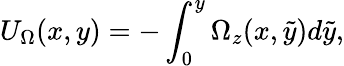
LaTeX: U_{\Omega}(x,y)=-\int_{0}^{y}\Omega_{z}(x,\widetilde{y})d\widetilde{y},